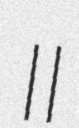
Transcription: II